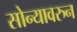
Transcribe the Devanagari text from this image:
सोन्यावरुन